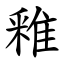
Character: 䧽